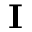
\mathbf { I }